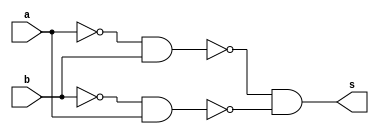
// ----------------------------------------------------------------------------
/**
 Exemplo_0507 - GATES
 Nome: Gabriel Vargas Bento de Souza
 Matricula: 778023
 */
// ----------------------------------------------------------------------------
/*
 f5_gate ~(~a xnor ~b) = ~(~a^~b)
 m a b s
 0 0 0 1
 1 0 1 0
 2 1 0 0
 3 1 1 1

~(~a ^ ~b)      //  Propriedade Complementar
~( a ^  b)      ==  Questao 05


 ~( (~a.b) +  (a.~b) )     // De Morgan
   ~(~a.b) . ~(a.~b)

not( and(not(a),b) )    . not( and(a,not(b)) )
not( and(nand(a,a),b) ) . not( and(a,nand(b,b)) )

A = nand( (nand((nand(a,a), nand(a,a)) )), (nand( (b,b) )) )
A = nand( a, (nand(b,b) )

B = nand( (nand((nand(b,b), nand(b,b)) )), (nand( (a,a) )) )
B = nand( b, nand(a,a) )

A . B = nand(nand(A,B), nand(A,B))

*/
// ----------------------------------------------------------------------------
module f5a (output s,
            input  a,
            input  b);

 // definir dado local
    wire not_a, not_b, w1, w2, nand_w1w2;

 // descrever por portas
    nand NAND1 (not_a, a, a);
    nand NAND2 (not_b, b, b);
    nand NAND3 (w1, not_a, b);
    nand NAND4 (w2, not_b, a);
    nand NAND5 (nand_w1w2, w1, w2);
    nand NAND6 (s, nand_w1w2, nand_w1w2);
endmodule // f5a
// ----------------------------------------------------------------------------
/*
 f5_gate ~(~a xnor ~b) = ~(~a^~b) == (~ (a ^ b) ) == (~ ( (~a.b) + (a.~b) ) )
 m a b s
 0 0 0 1
 1 0 1 0
 2 1 0 0
 3 1 1 1
*/
// ----------------------------------------------------------------------------
module f5b (output s,
            input  a,
            input  b);

 // definir dado local
    wire not_a, not_b, xorAB;

 // descrever por expressao
    not NOT1 (not_a, a);
    not NOT2 (not_b, b);
    xor XOR1 (xorAB, not_a, not_b);
    not NOT3 (s, xorAB);
endmodule // f5b

module test_f5;
// -------------------------------------------------------------- definir dados
    reg x; reg y;
    wire a, b;

    f5a moduloA (a, x, y);
    f5b moduloB (b, x, y);
// ------------------------------------------------------------ parte principal
initial
 begin : main
   $display("Exemplo_0507 - Gabriel Vargas Bento de Souza - 778023");
   $display("Test module  - (~(~a^~b))");
   $display(" x  y  a  b");
 
   // projetar testes do modulo
   $monitor("%2b %2b %2b %2b", x, y, a, b);
      x = 1'b0; y = 1'b0;
   #1 x = 1'b0; y = 1'b1;
   #1 x = 1'b1; y = 1'b0;
   #1 x = 1'b1; y = 1'b1;
 end
endmodule // test_f5

// --------------------------------------------------------------------- testes
/*
C:\Users\Gabriel\Desktop\CC-PUC\2Periodo\ARQ1\Tarefas\Guia05>vvp Exemplo_0507.vvp
Exemplo_0507 - Gabriel Vargas Bento de Souza - 778023
Test module  - (~(~a^~b))
 x  y  a  b
 0  0  1  1
 0  1  0  0
 1  0  0  0
 1  1  1  1
*/